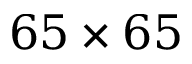
6 5 \times 6 5